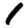
Digit: 1